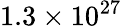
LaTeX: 1.3\times 10^{27}